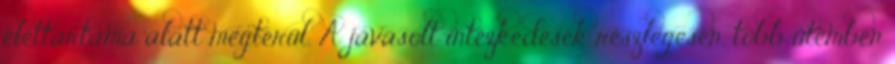
élettartama alatt megtérül. A javasolt intézkedések részlegesen, több ütemben